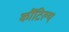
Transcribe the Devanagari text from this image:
कौंटिल्य